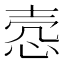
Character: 悫